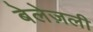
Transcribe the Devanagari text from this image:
बेलेज़ली